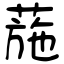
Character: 葹